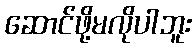
ဆောင်ဖို့မလိုပါဘူး